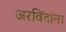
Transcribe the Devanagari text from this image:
अरविंदांना